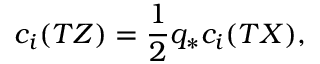
c _ { i } ( T Z ) = \frac { 1 } { 2 } q _ { * } c _ { i } ( T X ) ,